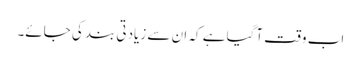
اب وقت آگیا ہے کہ ان سے زیادتی بند کی جائے۔